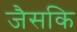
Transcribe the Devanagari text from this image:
जैसकि